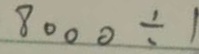
8 0 0 0 \div 1